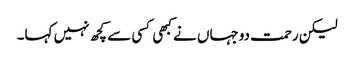
لیکن رحمت دوجہاں نے کبھی کسی سے کچھ نہیں کہا۔